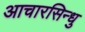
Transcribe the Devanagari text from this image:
आचारसिन्धु